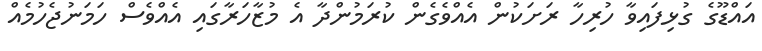
އައްޑޫގެ ގުޅިފައިވާ ހުރިހާ ރަށަކުން އެއްވެގެން ކުރަމުންދާ އެ މުޒާހަރާގައި އެއްވެސް ހަމަނުޖެހުމެއް